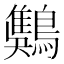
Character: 𪄾